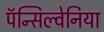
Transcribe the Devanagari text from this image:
पॅन्सिल्वेनिया